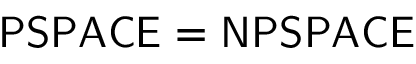
{ \mathsf { P S P A C E } } = { \mathsf { N P S P A C E } }